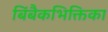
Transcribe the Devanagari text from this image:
बिंबैकभिक्तिका